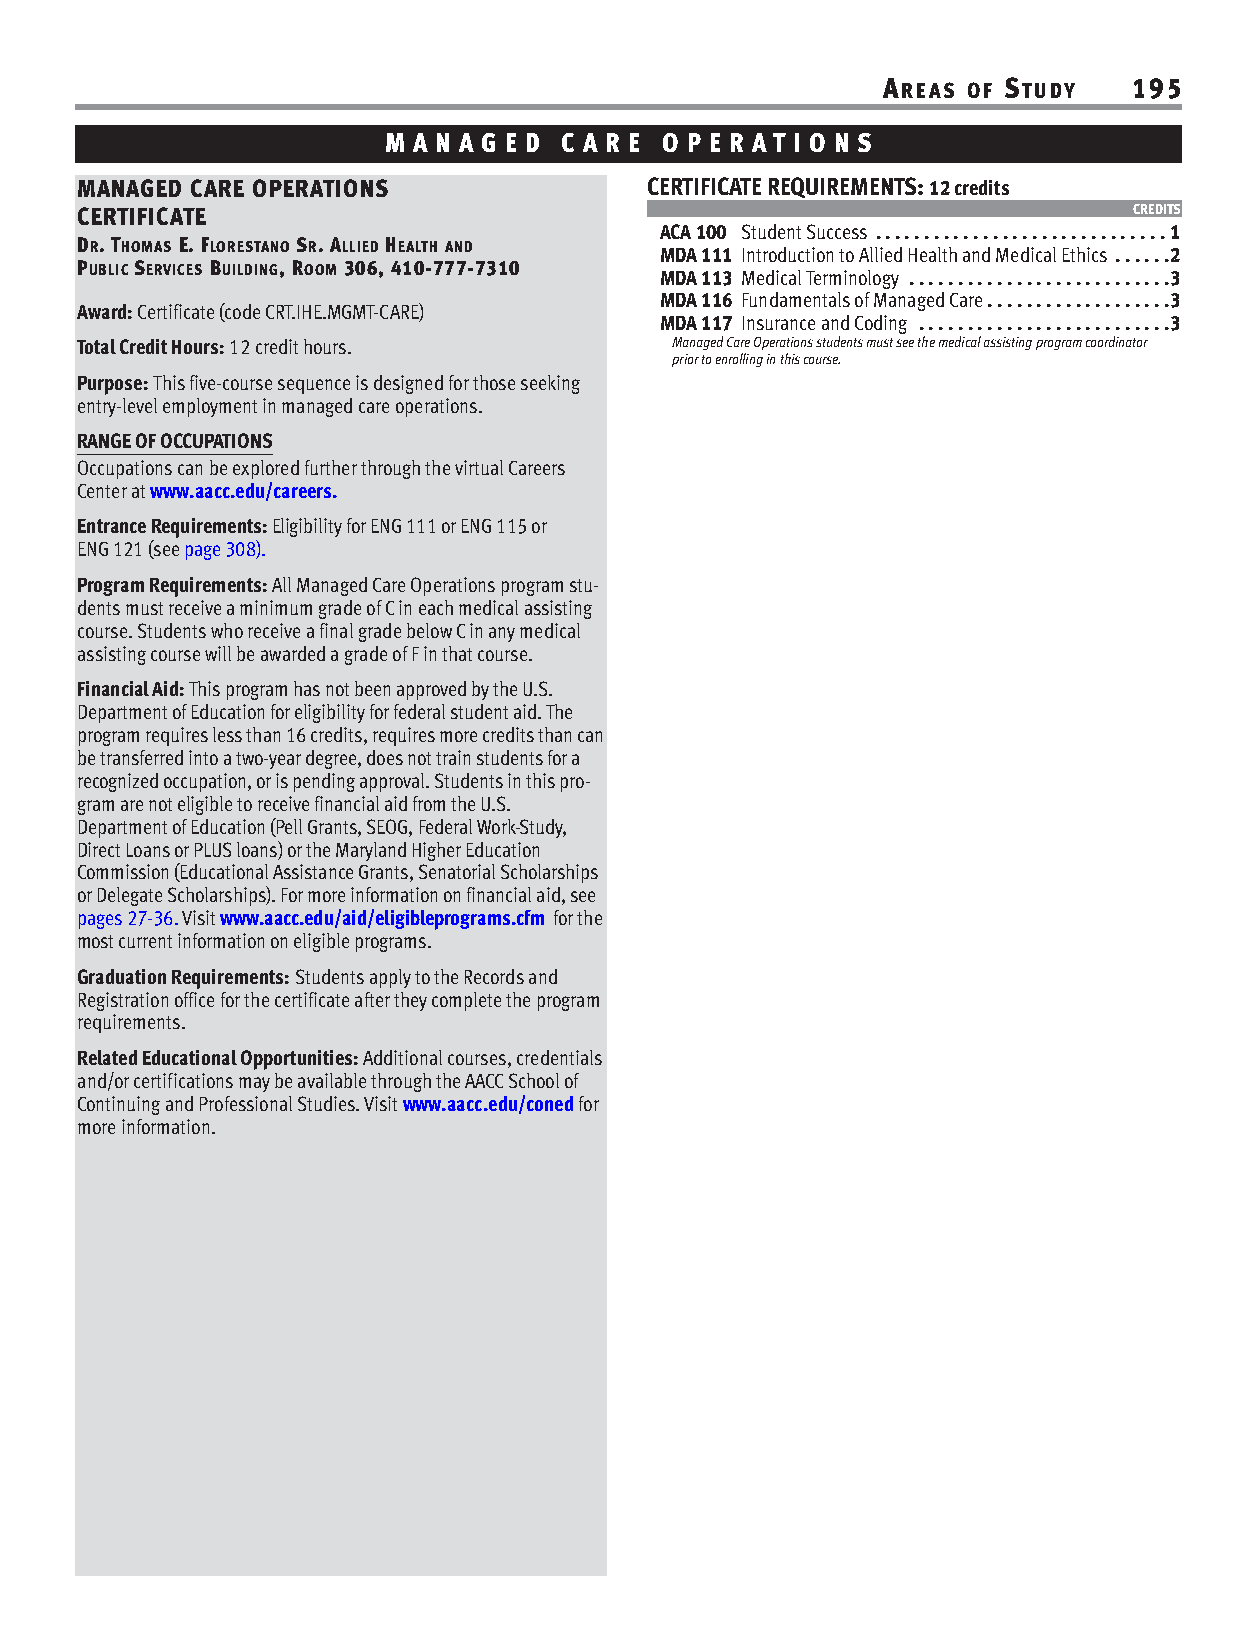
AREAS OF STUDY   195
 M A N A G E D C A R E O P E R AT I O N S
 MANAGED CARE OPERATIONS               CERTIFICATE REQUIREMENTS: 12 credits
 CERTIFICATE                                                           CREDITS
 ACA 100 Student Success . . . . . . . . . . . . . . . . . . . . . . . . . . . . . . 1
 DR. THOMAS E. FLORESTANO SR. ALLIED HEALTH AND MDA 111 Introduction to Allied Health and Medical Ethics . . . . . .2
 PUBLICSERVICES BUILDING, ROOM 306, 410-777-7310
 MDA 113 Medical Terminology . . . . . . . . . . . . . . . . . . . . . . . . . . .3
 MDA 116 Fundamentals of Managed Care . . . . . . . . . . . . . . . . . . .3
 Award: Certificate (code CRT.IHE.MGMT-CARE)
 MDA 117 Insurance and Coding . . . . . . . . . . . . . . . . . . . . . . . . . .3
 Total Credit Hours: 12 credit hours.   Managed Care Operations students must see the medical assisting program coordinator
 prior to enrolling in this course.
 Purpose: This five-course sequence is designed for those seeking
 entry-level employment in managed care operations.
 RANGE OF OCCUPATIONS
 Occupations can be explored further through the virtual Careers
 Center at www.aacc.edu/careers.
 Entrance Requirements: Eligibility for ENG 111 or ENG 115 or
 ENG 121 (see page 308).
 Program Requirements: All Managed Care Operations program stu-
 dents must receive a minimum grade of C in each medical assisting
 course. Students who receive a final grade below C in any medical
 assisting course will be awarded a grade of F in that course.
 Financial Aid: This program has not been approved by the U.S.
 Department of Education for eligibility for federal student aid. The
 program requires less than 16 credits, requires more credits than can
 be transferred into a two-year degree, does not train students for a
 recognized occupation, or is pending approval. Students in this pro-
 gram are not eligible to receive financial aid from the U.S.
 Department of Education (Pell Grants, SEOG, Federal Work-Study,
 Direct Loans or PLUS loans) or the Maryland Higher Education
 Commission (Educational Assistance Grants, Senatorial Scholarships
 or Delegate Scholarships). For more information on financial aid, see
 pages 27-36. Visit www.aacc.edu/aid/eligibleprograms.cfm for the
 most current information on eligible programs.
 Graduation Requirements: Students apply to the Records and
 Registration office for the certificate after they complete the program
 requirements.
 Related Educational Opportunities: Additional courses, credentials
 and/or certifications may be available through the AACC School of
 Continuing and Professional Studies. Visit www.aacc.edu/conedfor
 more information.